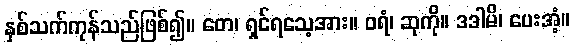
နှစ်သက်ကုန်သည်ဖြစ်၍။ တေ၊ ရှင်ရသေ့အား။ ဝရံ၊ ဆုကို။ ဒဒါမိ၊ ပေးအံ့။